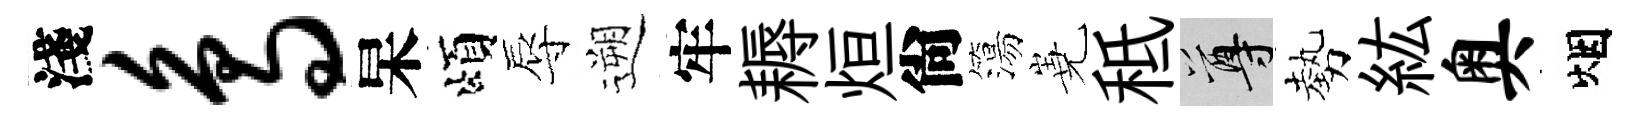
淺鸟杲頌辱遡牢耨烜尙簜嶤秪尊勢紘奥烟